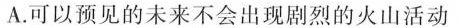
A.可以预见的未来不会出现剧烈的火山活动